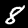
Digit: 8